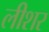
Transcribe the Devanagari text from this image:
लीशर